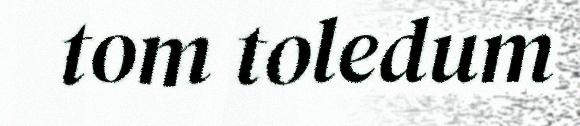
tom toledum